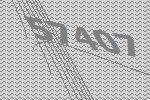
57407